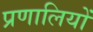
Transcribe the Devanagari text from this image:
प्रणालियों